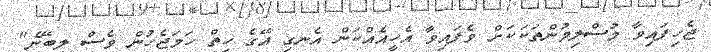
ޖެހިފައިވާ މުސްލިމުންތަކަކަށް ވެފައިވާ އެހީއެއްކަން އެނގި އޭގެ ހިތް ހަމަޖެހުން ވެސް ލިބޭނެ"